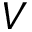
V